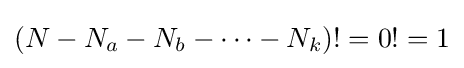
(N-N_{a}-N_{b}-\cdots -N_{k})!=0!=1